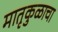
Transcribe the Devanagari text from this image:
मातृकुळाचा